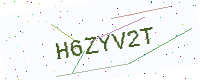
Text: H6ZYV2T